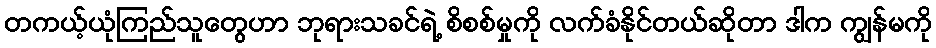
တကယ့်ယုံကြည်သူတွေဟာ ဘုရားသခင်ရဲ့ စိစစ်မှုကို လက်ခံနိုင်တယ်ဆိုတာ ဒါက ကျွန်မကို